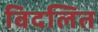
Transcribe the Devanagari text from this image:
विदलित